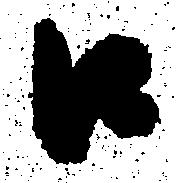
口